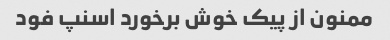
ممنون از پیک خوش برخورد اسنپ فود